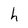
Character: h